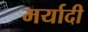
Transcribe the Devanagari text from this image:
मर्यादी